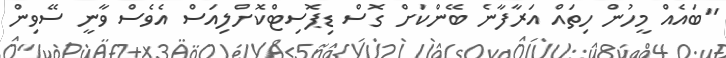
"ބައެއް މީހުން ހިތައް އަރާފާނެ ބޭންކަށް ގޮސް ޑިޕޮސިޓްކޮށްލިއަސް އެވެސް ވާނީ ސޭވިން